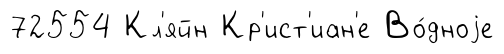
72554 Кл'яйн Кр'ист'иан'е Во́дноjе